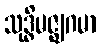
သုဒ္ဓိမဇ္ဈဂမာ